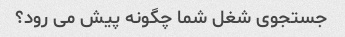
جستجوی شغل شما چگونه پیش می رود؟